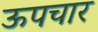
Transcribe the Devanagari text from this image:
ऊपचार